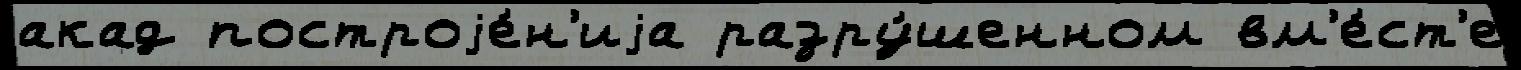
акад построjе́н'иjа разру́шенном вм'е́ст'е